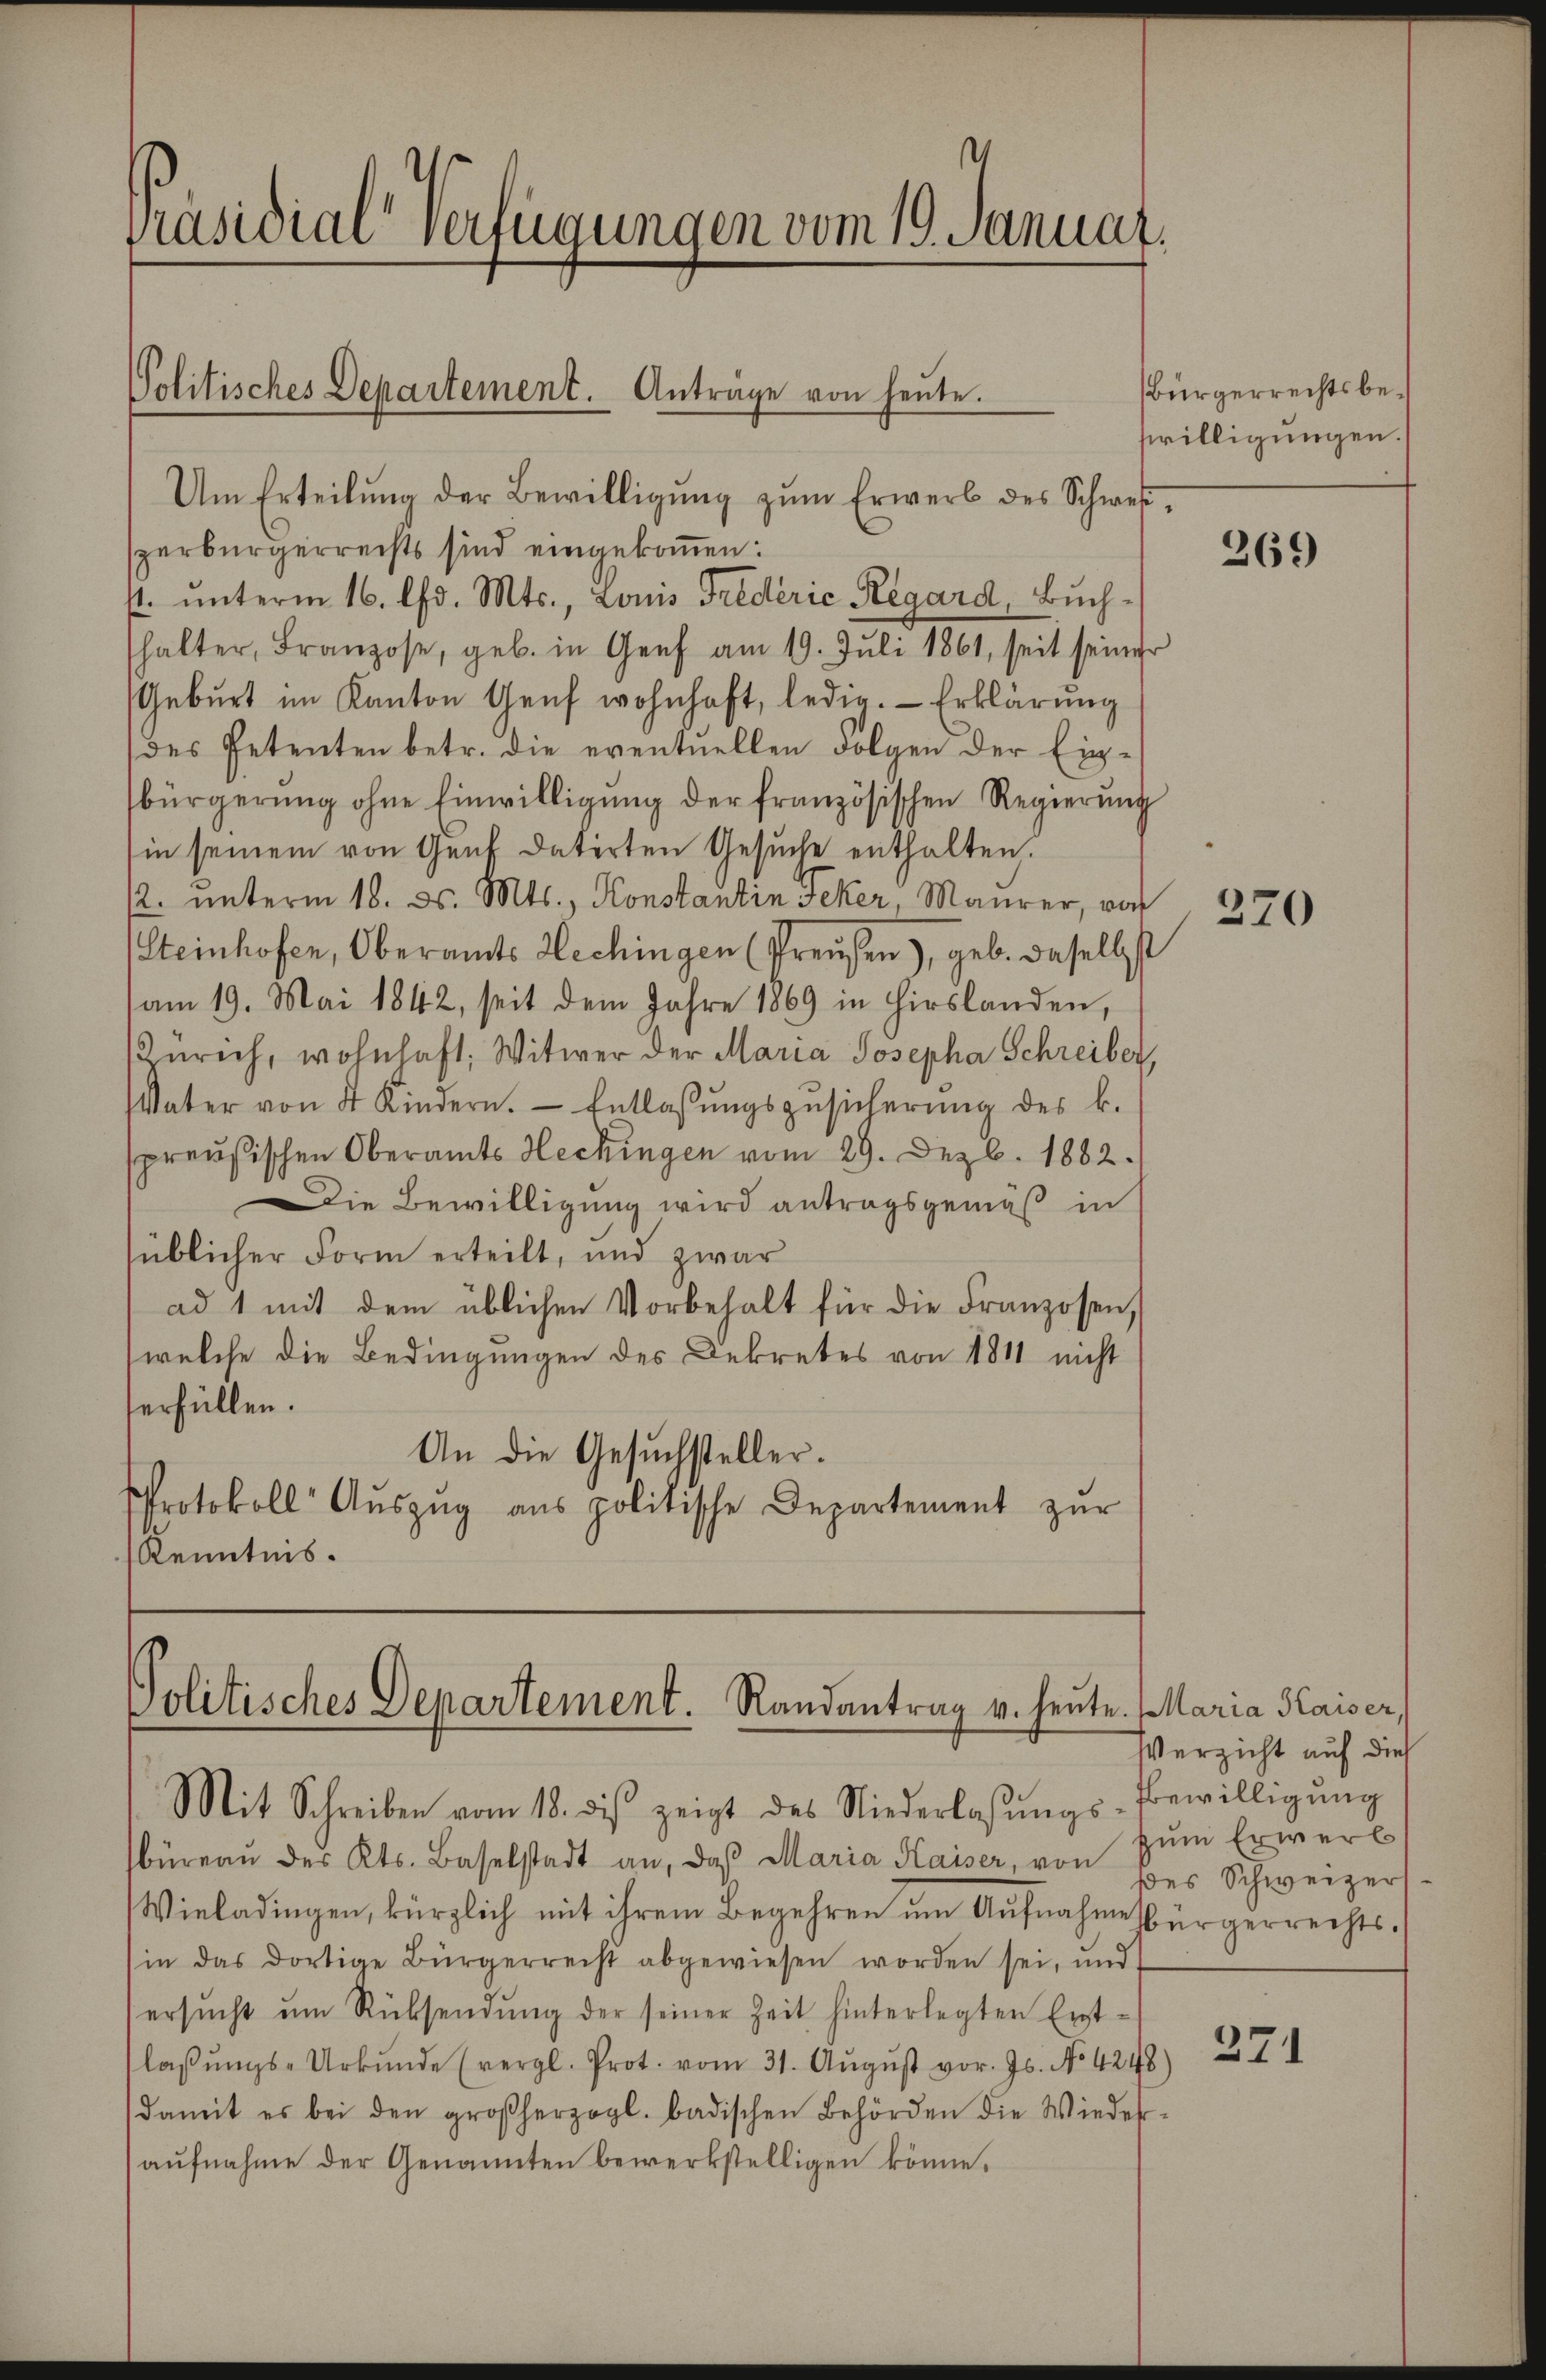
Präsidial“ verfügungen vom 19. Januar.

Politisches Departement. Anträge von heute.

Um Erteilŭng der Bewilligŭng zŭm Erwerb des Schwes
zerbürgerrechts sind eingekommen:
st. unterm 16. d. Mts., Louis Friderić Régard, Buchhalter, Franzose, geb. in Genf am 19. Juli 1861, seit seiner
Geburt im Kanton Genf wohnhaft, ledig. Erklärung
(des Petenten betr. die eventuellen Folgen der Ein-
bürgerŭng ohne Einwilligŭng der französischen Regierŭng
in seinem von Genf datirten Gesuche enthalten.
12. unterm 18. ds. Mts., Konstantin Feker, Maurer, vor
Steinhofen, Oberamts Hechingen (Preusen), geb. daselbst
am 19. Mai 1842, seit dem Jahre 1869 in Hirslanden,
Zürich, wohnhaft: Witwer der Maria Josepha Schreiber,
VVater von 4 Kindern. Entlassŭngsgesicherŭng des k.
preußischen Oberamts Hechingen vom 29. Dezb. 1882.
Die Bewilligung wird antragsgemäß in
süblicher Form erteilt, und zwar
ad 1 mit dem üblichen Vorbehalt für die Franzosen,
welche die Bedingungen des Dekretes von 1811 nicht
erfüllen.
An die Gesuchsteller.
Protokoll Aŭszŭg ans politische Departement zŭr
Kenntnis.

politisches Departement. Randantrag v. heute. Maria Kaiser,
Mit Schreiben vom 18. des zeigt des Niederlassŭngs-Bewilligŭng

Bürgerrechtsbeswilligungen

büreau des Kts. Baselstadt an, daß Maria Kaiser, von
Wieladingen, kürzlich mit ihrem Begehren um Aufnahmesbürgerrechtsin das dortige Bürgerrecht abgewiesen worden sei, und
ersŭcht ŭm Rücksendung der seiner Zeit hinterlegten Ent-
laβŭngs-Urkŭnde (vergl. Prot. vom 31. Aŭgŭst vor. Js. No 4248)
damit es bei den großherzogl. badischen Behörden die Wieder-
aufnahme der Genannten bewerkstelligen könne.

269

370

Verzicht auf dies
zum Erwerb
des Schweizers

271